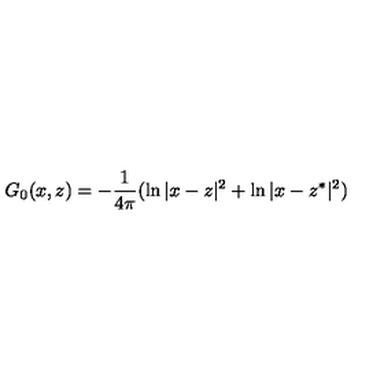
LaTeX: G _ { 0 } ( x , z ) = - \frac 1 { 4 \pi } ( \ln | x - z | ^ { 2 } + \ln | x - z ^ { * } | ^ { 2 } )